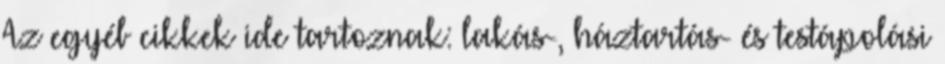
Az egyéb cikkek ide tartoznak: lakás-, háztartás- és testápolási